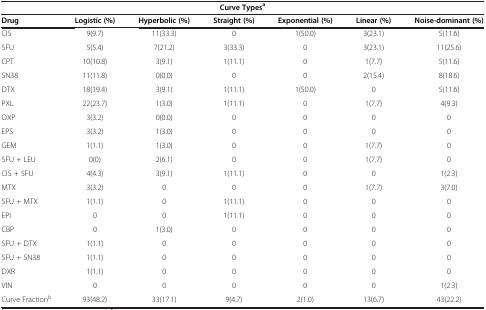
<table><thead><tr><td colspan="7"><b>Curve Types<sup>a</sup></b></td></tr><tr><td><b>Drug</b></td><td><b>Logistic (%)</b></td><td><b>Hyperbolic (%)</b></td><td><b>Straight (%)</b></td><td><b>Exponential (%)</b></td><td><b>Linear (%)</b></td><td><b>Noise-dominant (%)</b></td></tr></thead><tbody><tr><td>CIS</td><td>9(9.7)</td><td>11(33.3)</td><td>0</td><td>1(50.0)</td><td>3(23.1)</td><td>5(11.6)</td></tr><tr><td>5FU</td><td>5(5.4)</td><td>7(21.2)</td><td>3(33.3)</td><td>0</td><td>3(23.1)</td><td>11(25.6)</td></tr><tr><td>CPT</td><td>10(10.8)</td><td>3(9.1)</td><td>1(11.1)</td><td>0</td><td>1(7.7)</td><td>5(11.6)</td></tr><tr><td>SN38</td><td>11(11.8)</td><td>0(0.0)</td><td>0</td><td>0</td><td>2(15.4)</td><td>8(18.6)</td></tr><tr><td>DTX</td><td>18(19.4)</td><td>3(9.1)</td><td>1(11.1)</td><td>1(50.0)</td><td>0</td><td>5(11.6)</td></tr><tr><td>PXL</td><td>22(23.7)</td><td>1(3.0)</td><td>1(11.1)</td><td>0</td><td>1(7.7)</td><td>4(9.3)</td></tr><tr><td>OXP</td><td>3(3.2)</td><td>0(0.0)</td><td>0</td><td>0</td><td>0</td><td>0</td></tr><tr><td>EPS</td><td>3(3.2)</td><td>1(3.0)</td><td>0</td><td>0</td><td>0</td><td>0</td></tr><tr><td>GEM</td><td>1(1.1)</td><td>1(3.0)</td><td>0</td><td>0</td><td>1(7.7)</td><td>0</td></tr><tr><td>5FU + LEU</td><td>0(0)</td><td>2(6.1)</td><td>0</td><td>0</td><td>1(7.7)</td><td>0</td></tr><tr><td>CIS + 5FU</td><td>4(4.3)</td><td>3(9.1)</td><td>1(11.1)</td><td>0</td><td>0</td><td>1(2.3)</td></tr><tr><td>MTX</td><td>3(3.2)</td><td>0</td><td>0</td><td>0</td><td>1(7.7)</td><td>3(7.0)</td></tr><tr><td>5FU + MTX</td><td>1(1.1)</td><td>0</td><td>1(11.1)</td><td>0</td><td>0</td><td>0</td></tr><tr><td>EPI</td><td>0</td><td>0</td><td>1(11.1)</td><td>0</td><td>0</td><td>0</td></tr><tr><td>CBP</td><td>0</td><td>1(3.0)</td><td>0</td><td>0</td><td>0</td><td>0</td></tr><tr><td>5FU + DTX</td><td>1(1.1)</td><td>0</td><td>0</td><td>0</td><td>0</td><td>0</td></tr><tr><td>5FU + SN38</td><td>1(1.1)</td><td>0</td><td>0</td><td>0</td><td>0</td><td>0</td></tr><tr><td>DXR</td><td>1(1.1)</td><td>0</td><td>0</td><td>0</td><td>0</td><td>0</td></tr><tr><td>VIN</td><td>0</td><td>0</td><td>0</td><td>0</td><td>0</td><td>1(2.3)</td></tr><tr><td>Curve Fraction<sup>b</sup></td><td>93(48.2)</td><td>33(17.1)</td><td>9(4.7)</td><td>2(1.0)</td><td>13(6.7)</td><td>43(22.2)</td></tr></tbody></table>